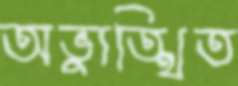
অভ্যুত্থিত